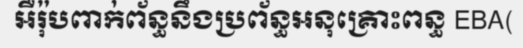
អឺរ៉ុបពាក់ព័ន្ធនឹងប្រព័ន្ធអនុគ្រោះពន្ធ EBA(